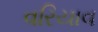
વરિયાવ